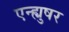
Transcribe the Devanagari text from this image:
एन्ह्युषर